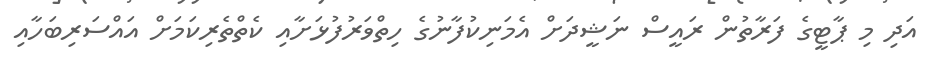
އަދި މި ޕާޓީގެ ފަރާތުން ރައީސް ނަޝީދަށް އެމަނިކުފާނުގެ ހިތްވަރުފުޅަށާއި ކެތްތެރިކަމަށް އައްސަރިބަހާއި